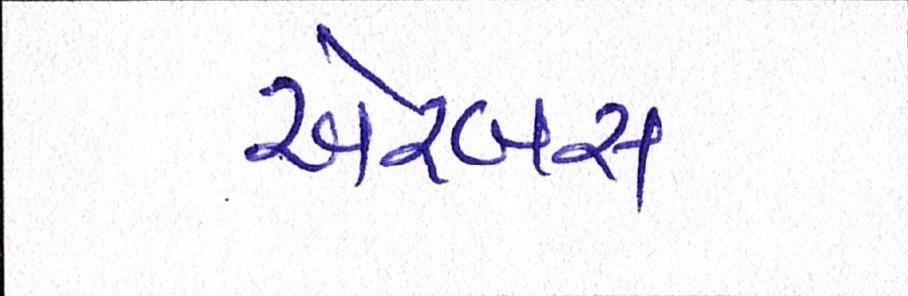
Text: એરબસ